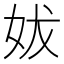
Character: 妭